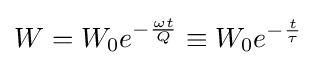
W=W_{0}e^{-{\frac {\omega t}{Q}}}\equiv W_{0}e^{-{\frac {t}{\tau }}}